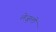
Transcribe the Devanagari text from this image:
लेजुली